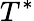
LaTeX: T^{*}